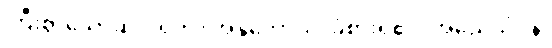
ကြီးစွာသောဆင်းရဲကို။ အနုဘောသိ၊ ခံစားရ၏။ အညေသံပန၊